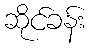
ဆိုင်ခန်း